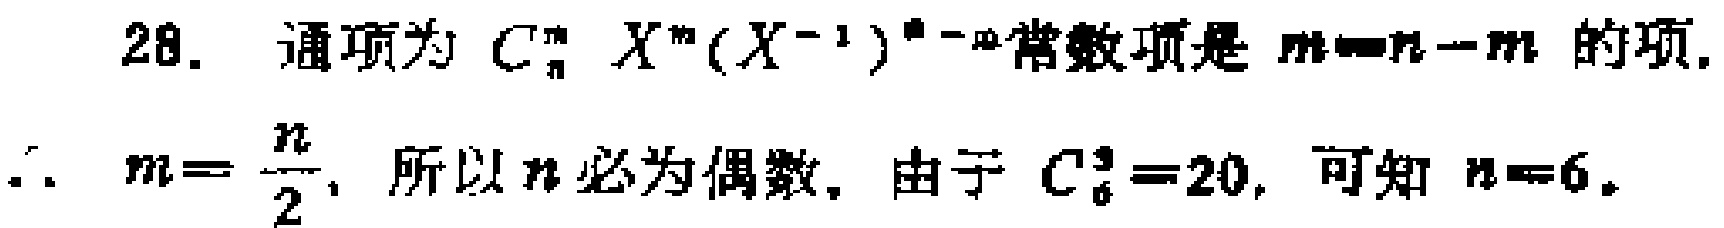
28. 通项为 \(C_{n}^{m}X^{m}(X^{-1})^{n - m}\)常数项是 \(m=n - m\) 的项.
\(\therefore m=\frac{n}{2}\), 所以 \(n\) 必为偶数, 由于 \(C_{n}^{3}=20\), 可知 \(n = 6\).